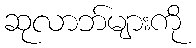
ဆုလာဘ်များကို